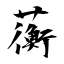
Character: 蘅